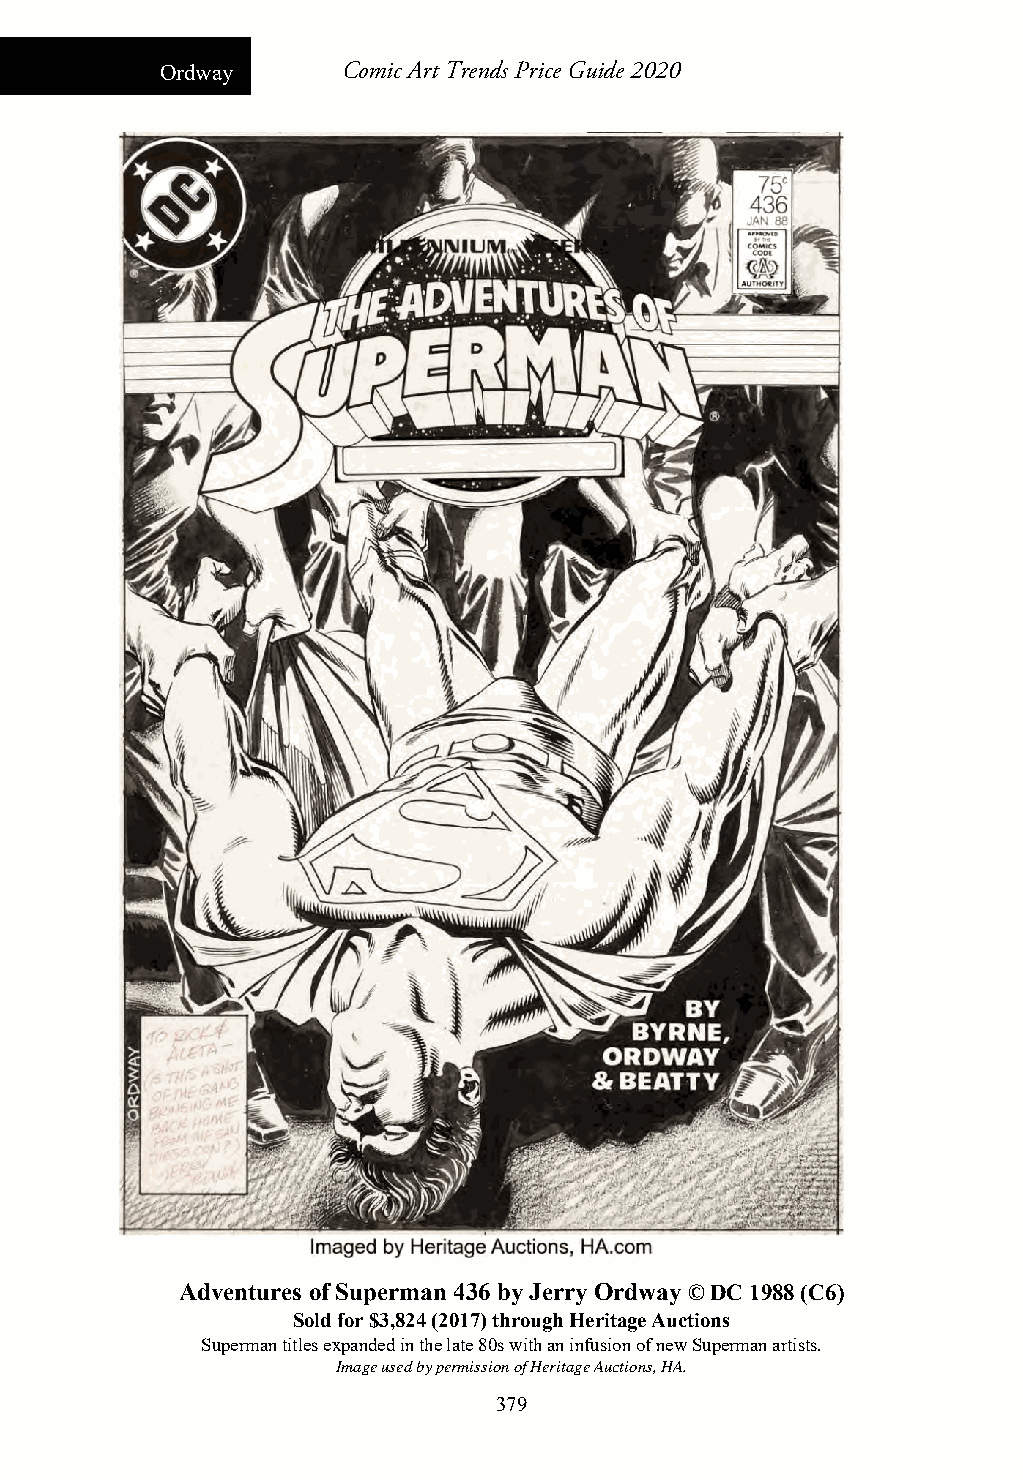
Ordway      Comic Art Trends Price Guide 2020
 Adventures of Superman 436 by Jerry Ordway © DC 1988 (C6)
 Sold for $3,824 (2017) through Heritage Auctions
 Superman titles expanded in the late 80s with an infusion of new Superman artists.
 Image used by permission of Heritage Auctions, HA.
 379